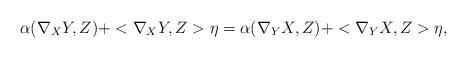
LaTeX: \begin{align*}\alpha(\nabla_{X}Y,Z)+<\nabla_{X}Y,Z>\eta=\alpha(\nabla_{Y}X,Z)+<\nabla_{Y}X,Z>\eta,\end{align*}